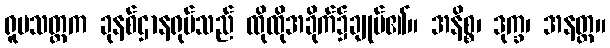
ရူပသတ္တက ခုနစ်ဌာနရုပ်သည် ထိုထိုအခိုက်၌ချုပ်၏။ အနိစ္စ၊ ဒုက္ခ၊ အနတ္တ။